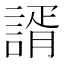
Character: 諝